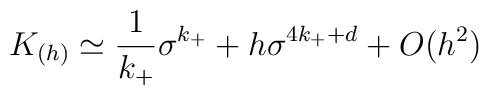
K_{(h)}\simeq {1\over k_+}\sigma^{k_+}+h\sigma^{4k_++d}+O(h^2)